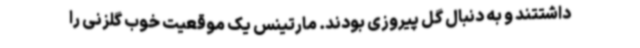
داشتتند و به دنبال گل پیروزی بودند. مارتینس یک موقعیت خوب گلزنی را